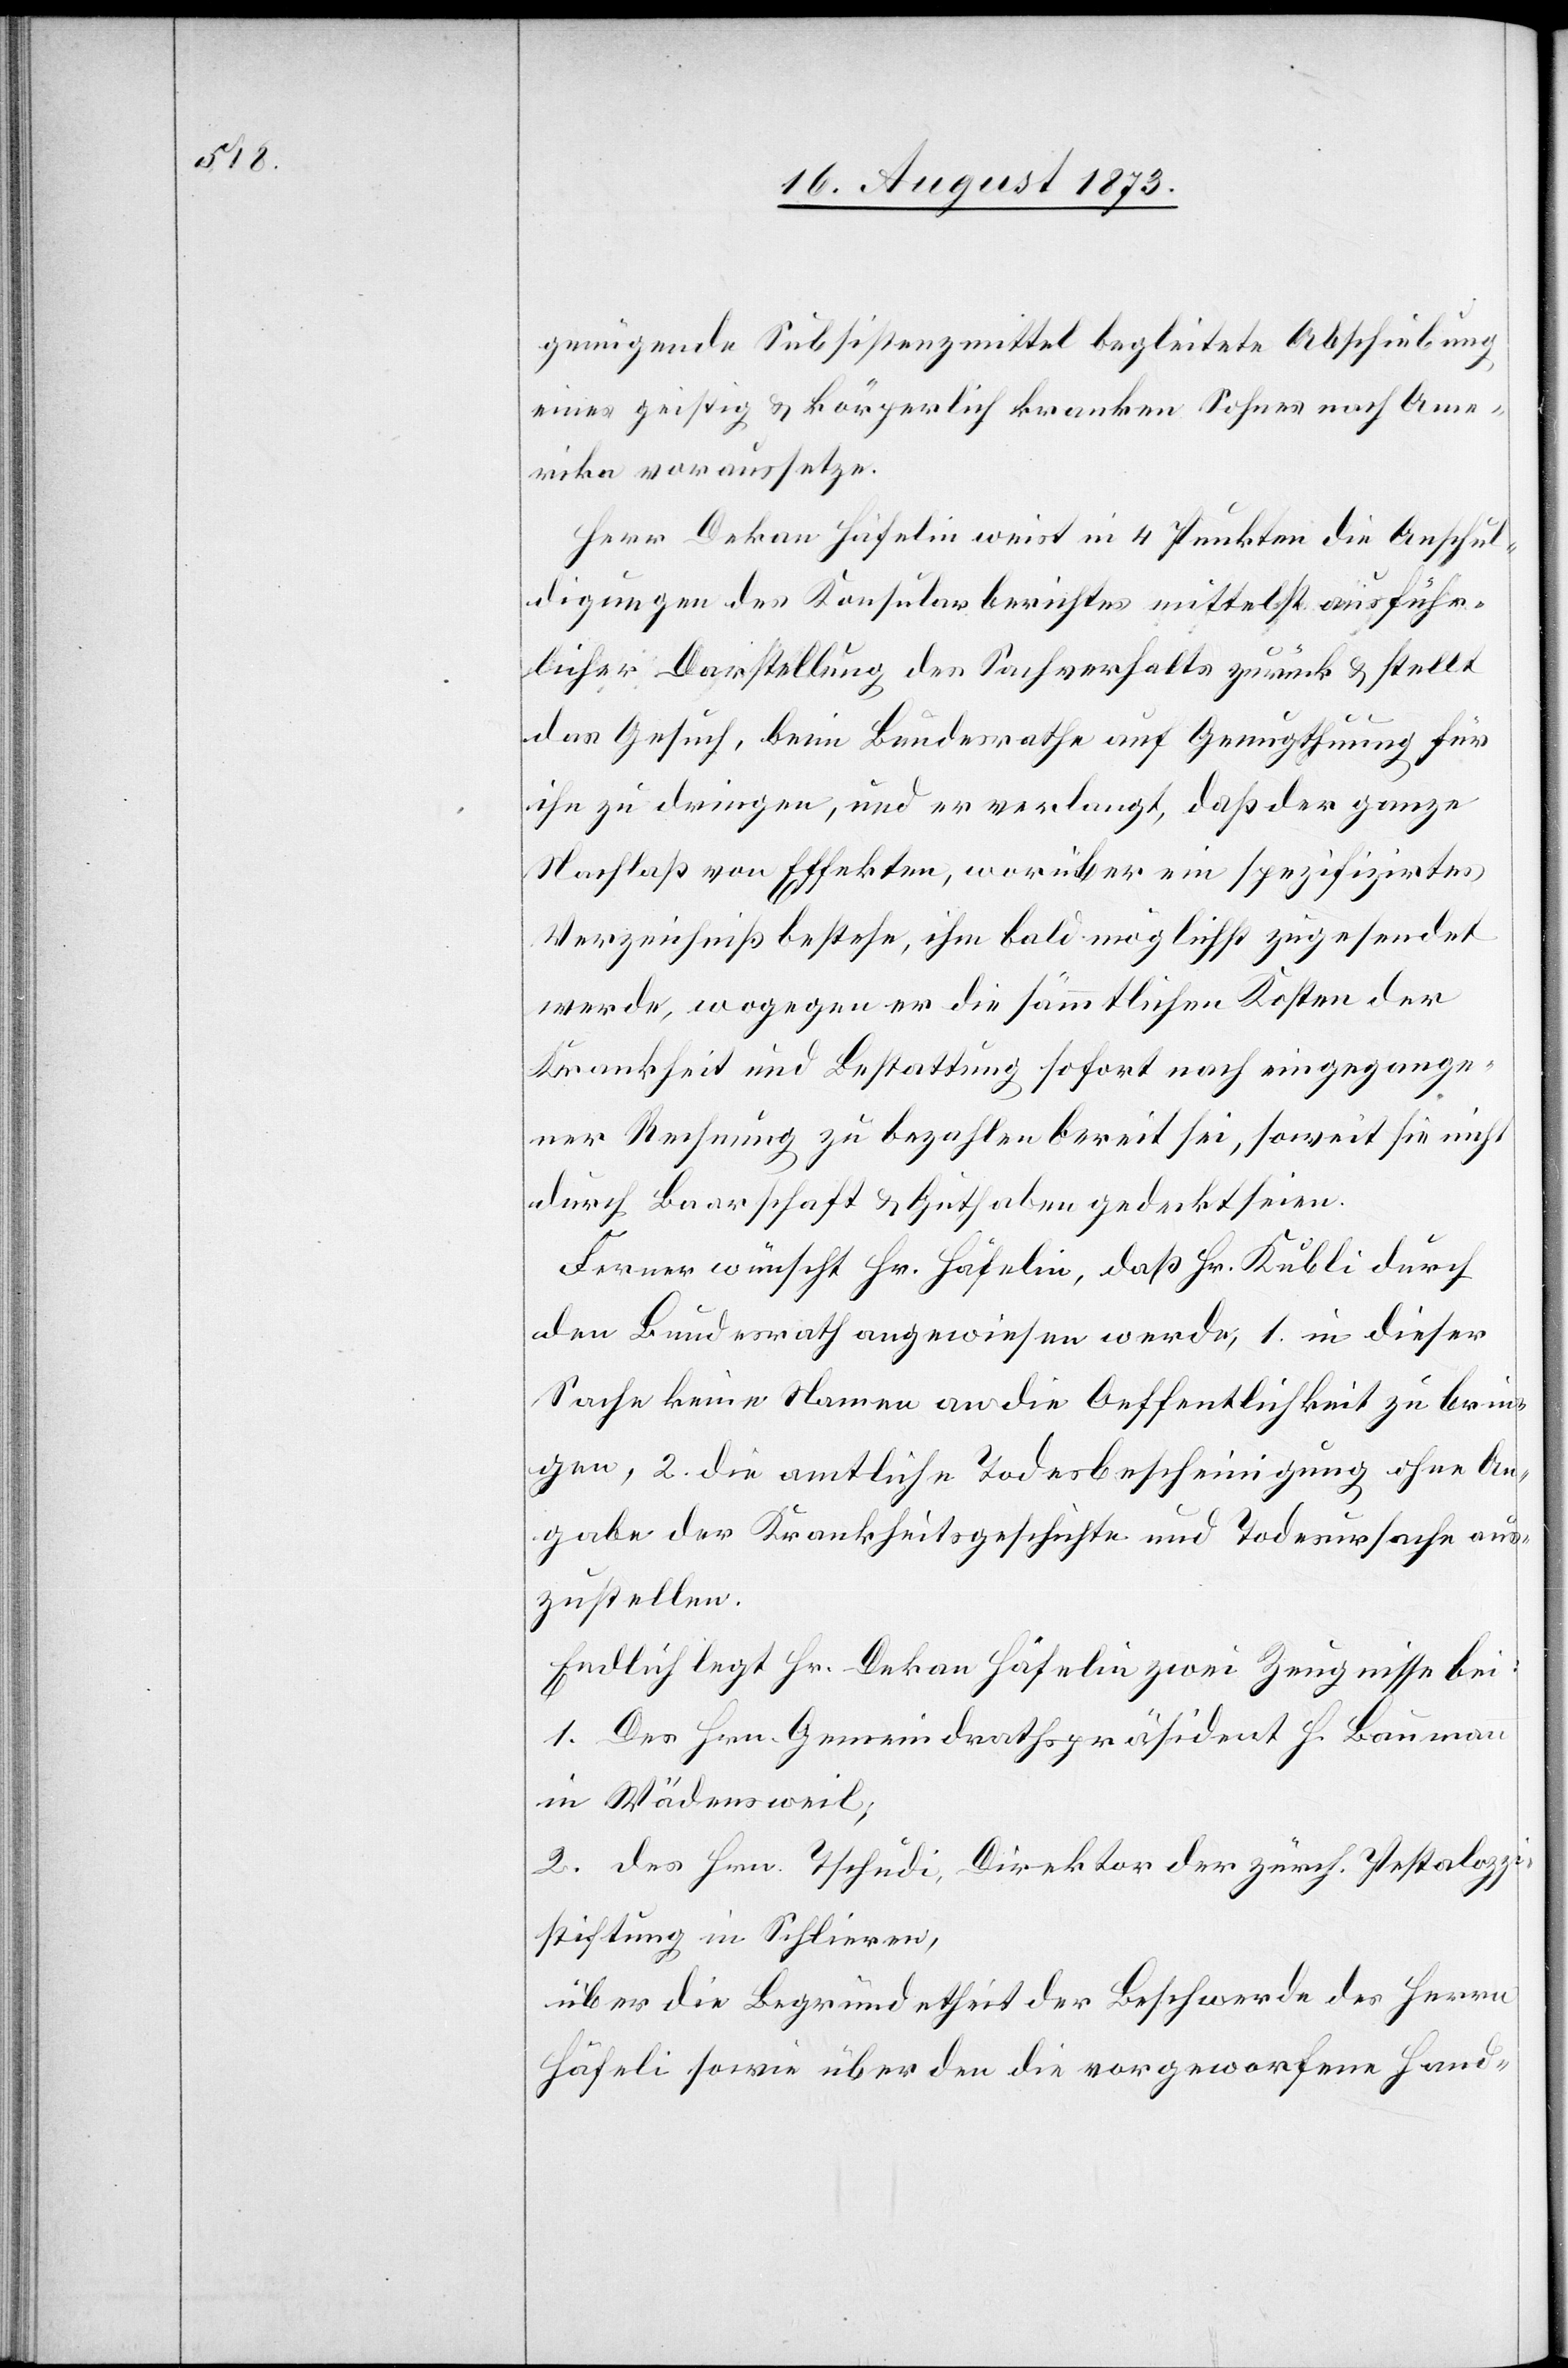
genügende Subsistenzmittel begleitete Abschiebung
eines geistig & körperlich kranken Sohnes nach Ame¬
rika voraussetze.
Herr Dekan Häfelin weist in 4 Punkten die Anschul¬
digungen des Konsularberichtes mittelst ausführ¬
licher Darstellung des Sachverhalts zurück & stellt
das Gesuch, beim Bundesrathe auf Genugthuung für
ihn zu dringen, und er verlangt, daß der ganze
Nachlaß von Effekten, worüber ein spezifizirtes
Verzeichniß bestehe, ihm bald möglichst zugesendet
werde, wogegen er die sämmtlichen Kosten der
Krankheit und Bestattung sofort nach eingegange¬
ner Rechnung zu bezahlen bereit sei, soweit sie nicht
durch Baarschaft & Guthaben gedeckt seien.
Ferner wünscht Hr. Häfelin, daß Hr. Kubli durch
den Bundesrath angewiesen werde, 1. in dieser
Sache keine Namen an die Oeffentlichkeit zu brin¬
gen, 2. die amtliche Todesbescheinigung ohne An¬
gabe der Krankheitsgeschichte und Todesursache aus¬
zustellen.
Endlich legt Hr. Dekan Häfelin zwei Zeugnisse bei:
1. Des Hrn. Gemeindrathspräsident H. Baumann
in Wädensweil;
2. des Hrn. Tschudi, Direktor der zürch. Pestalozzi¬
stiftung in Schlieren,
über die Begründetheit der Beschwerde des Herrn
Häfeli [sic!] sowie über den die vorgeworfenen Hand-